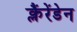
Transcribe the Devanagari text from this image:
क्लैंरेंडेन